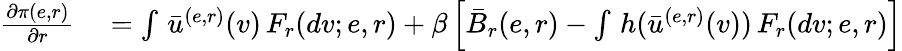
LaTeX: \begin{array}{rl}{\frac{\partial\pi(e,r)}{\partial r}}&{{}=\int\, \bar{u}^{(e,r)}(v)\, F_{r}(dv;e,r)+\beta\left[\bar{B}_{r}(e,r)-\int\, h(\bar{u}^{(e,r)}(v))\, F_{r}(dv;e,r)\right]}\end{array}